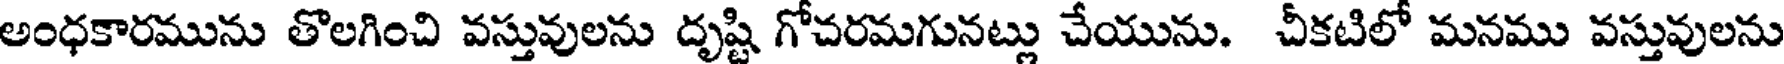
అంధకారమును తొలగించి వస్తువులను దృష్టి గోచరమగునట్లు చేయును. చీకటిలో మనము వస్తువులను